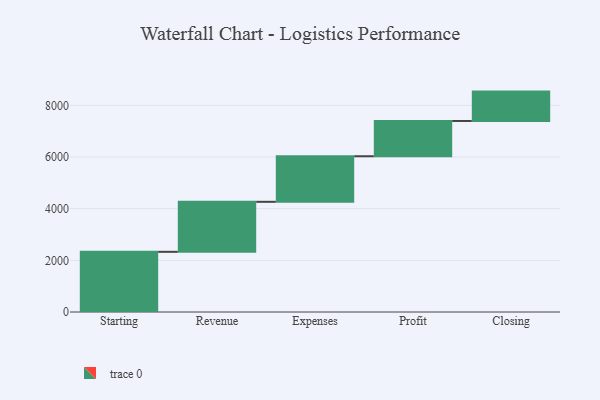
{"axis": {"x": "Step", "y": "Value"}, "legend": [""], "data": [{"x": "Starting", "y": 2330.0, "type": ""}, {"x": "Revenue", "y": 1936.0, "type": ""}, {"x": "Expenses", "y": 1764.0, "type": ""}, {"x": "Profit", "y": 1366.0, "type": ""}, {"x": "Closing", "y": 1137.0, "type": ""}]}